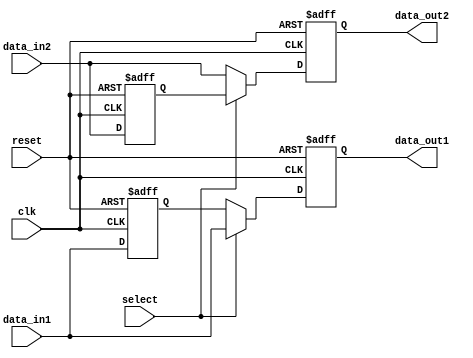
module io_buffer (
    input wire clk,             // Clock signal
    input wire reset,           // Reset signal
    input wire select,          // Control signal for selecting path
    input wire [7:0] data_in1,  // Input data from port 1
    input wire [7:0] data_in2,  // Input data from port 2
    output reg [7:0] data_out1, // Output data to port 1
    output reg [7:0] data_out2  // Output data to port 2
);

// Temporary storage elements for data
reg [7:0] temp_data1;
reg [7:0] temp_data2;

always @(posedge clk or posedge reset) begin
    if (reset) begin
        // Reset data output ports
        data_out1 <= 8'b0;
        data_out2 <= 8'b0;
    end else begin
        // Select path based on control signal
        if (select) begin
            // Mux: select data from input port 1
            data_out1 <= data_in1;
            data_out2 <= temp_data2;
        end else begin
            // Demux: select data from input port 2
            data_out1 <= temp_data1;
            data_out2 <= data_in2;
        end
    end
end

// Temporary storage for data during switching process
always @(posedge clk or posedge reset) begin
    if (reset) begin
        temp_data1 <= 8'b0;
        temp_data2 <= 8'b0;
    end else begin
        temp_data1 <= data_in1;
        temp_data2 <= data_in2;
    end
end

endmodule